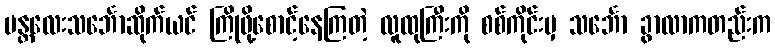
မန္တလေးသင်္ဘောဆိုက်ယင် ကြိုဖို့စောင့်နေကြတဲ့ လူထုကြီးကို စစ်ကိုင်းမှ သင်္ဘော ခွာလာကတည်းက